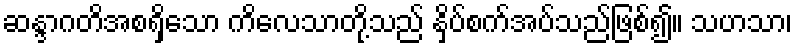
ဆန္ဒာဂတိအစရှိသော ကိလေသာတို့သည် နှိပ်စက်အပ်သည်ဖြစ်၍။ သဟသာ၊